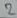
Text: 2